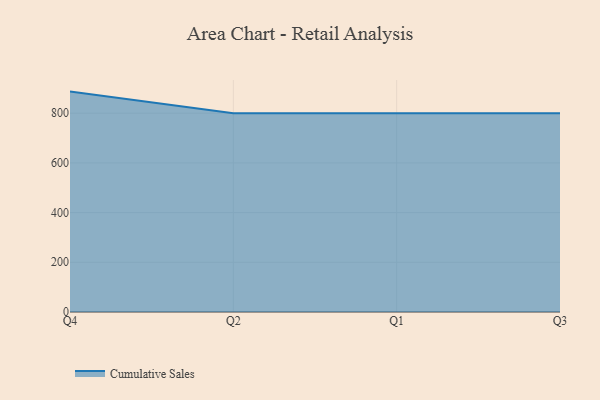
{"axis": {"x": "Quarter", "y": "Tickets Resolved"}, "legend": ["Cumulative Sales"], "data": [{"x": "Q4", "y": 886.8, "type": "Cumulative Sales"}, {"x": "Q2", "y": 800, "type": "Cumulative Sales"}, {"x": "Q1", "y": 800, "type": "Cumulative Sales"}, {"x": "Q3", "y": 800, "type": "Cumulative Sales"}]}